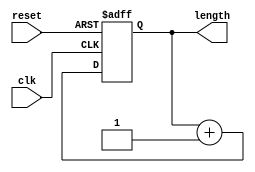
module snake_length_counter(clk,reset,length);
input clk;
input reset;
output reg [5:0] length;

always@(posedge clk, posedge reset) begin
	if(reset == 1) begin
	length = 6'b0;
	end else begin
	length = length + 6'b1;
	end
end
endmodule